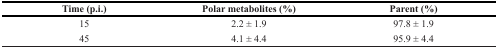
| Time (p.i.) | Polar metabolites (%) | Parent (%) |
 | --- | --- | --- |
 | 15 | 2.2 ± 1.9 | 97.8 ± 1.9 |
 | 45 | 4.1 ± 4.4 | 95.9 ± 4.4 |